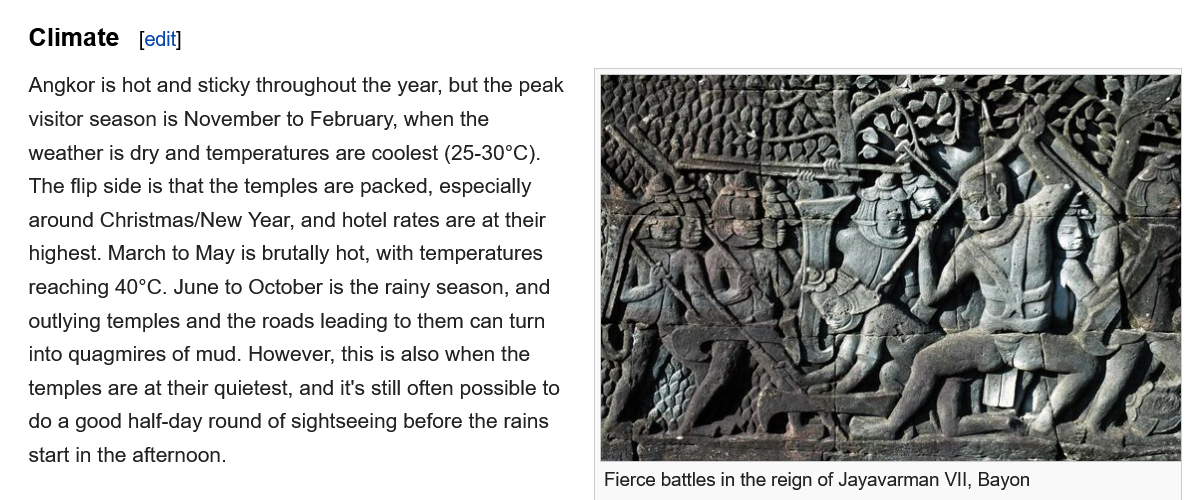
Climate
   Angkor is hot and sticky throughout the year, but the peak
   visitor season is November to February, when the
   weather is dry and temperatures are coolest (25-30°C).
   The flip side is that the temples are packed, especially
   around  Christmas/New Year, and hotel rates are at their
    highest. March to May is brutally hot, with temperatures
    reaching 40°C. June to October is the rainy season, and
   outlying temples and the roads leading to them can turn
    into quagmires of mud. However, this is also when the
   temples are at their quietest, and it's still often possible to
   do a good half-day round of sightseeing before the rains
   start in the afternoon.
     [edit]
     Fierce battles in the reign of Jayavarman VII, Bayon